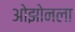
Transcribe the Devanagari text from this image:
ओझोनला